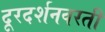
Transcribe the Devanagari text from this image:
दूरदर्शनवरती